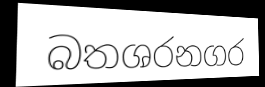
බතශරනගර